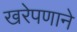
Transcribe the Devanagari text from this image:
खरेपणाने